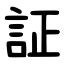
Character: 証